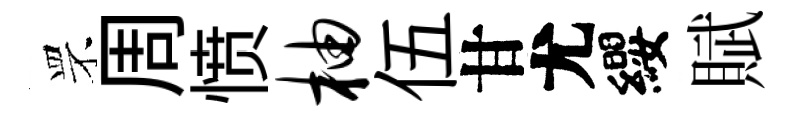
罘周愤柚伍甘尤纓賦